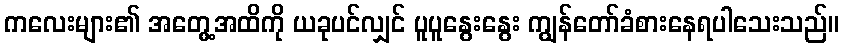
ကလေးများ၏ အတွေ့အထိကို ယခုပင်လျှင် ပူပူနွေးနွေး ကျွန်တော်ခံစားနေရပါသေးသည်။